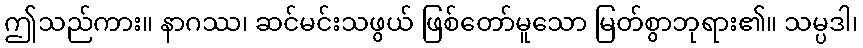
ဤသည်ကား။ နာဂဿ၊ ဆင်မင်းသဖွယ် ဖြစ်တော်မူသော မြတ်စွာဘုရား၏။ သမ္ပဒါ၊